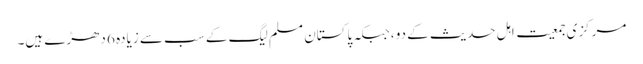
مرکزی جمعیت اہل حدیث کے دو ،جبکہ پاکستان مسلم لیگ کے سب سے زیادہ 6 دھڑے ہیں۔